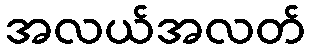
အလယ်အလတ်